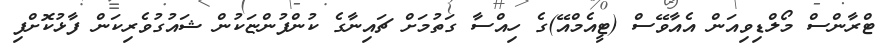
ޓްރާންސް މޯލްޑިވިއަން އެއާވޭސް (ޓީއެމްއޭ)ގެ ހިއްސާ ގަތުމަށް ޗައިނާގެ ކުންފުންޏަކުން ޝައުގުވެރިކަން ފާޅުކޮށްފި